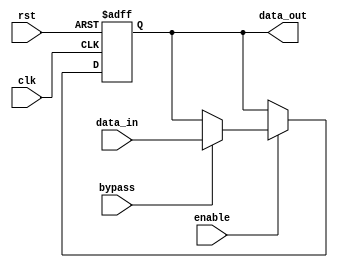
module VariableWidthBypassRegister(
    input wire clk,
    input wire rst,
    input wire [7:0] data_in,
    input wire enable,
    input wire bypass,
    output reg [7:0] data_out
);

reg [7:0] register_data;

always @(posedge clk or posedge rst) begin
    if (rst) begin
        register_data <= 8'b0;
    end else begin
        if (enable) begin
            if (bypass) begin
                register_data <= data_in;
            end else begin
                register_data <= register_data;
            end
        end
    end
end

assign data_out = register_data;

endmodule